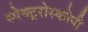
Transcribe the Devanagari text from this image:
स्पेक्ट्ररोस्कोपी